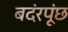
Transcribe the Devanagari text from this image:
बदंरपूंछ